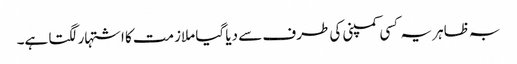
بہ ظاہر یہ کسی کمپنی کی طرف سے دیا گیا ملازمت کا اشتہار لگتا ہے۔